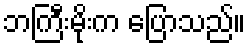
ဘကြီးမိုးက ပြောသည်။